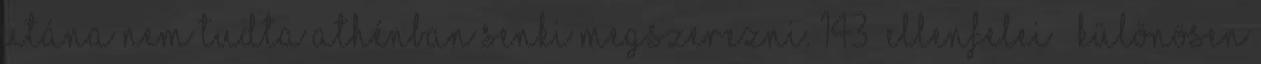
utána nem tudta Athénban senki megszerezni. 143 Ellenfelei – különösen